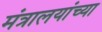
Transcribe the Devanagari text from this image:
मंत्रालयांच्या